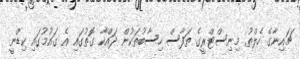
ޗައިނާގެ ހެލްތު މިނިސްޓްރީގެ ތަފާސް ހިސާބުތަކުން ދައްކާ ގޮތުގައި އެ ގައުމުގައި ކިޑްނީ